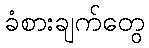
ခံစားချက်တွေ